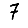
Digit: 7